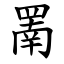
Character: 罱